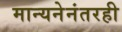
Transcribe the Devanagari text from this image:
मान्यनेनंतरही